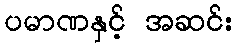
ပမာဏနှင့် အဆင်း